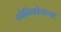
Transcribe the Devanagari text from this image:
कोळिकोडच्या